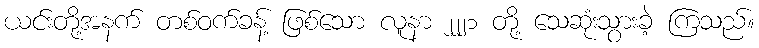
ယင်းတို့အနက် တစ်ဝက်ခန့် ဖြစ်သော လူနာ ၂၂၂၁ တို့ သေဆုံးသွားခဲ့ ကြသည်။